Insane asylums Bombay 1873-77 - 1873-1877
Year: 1873
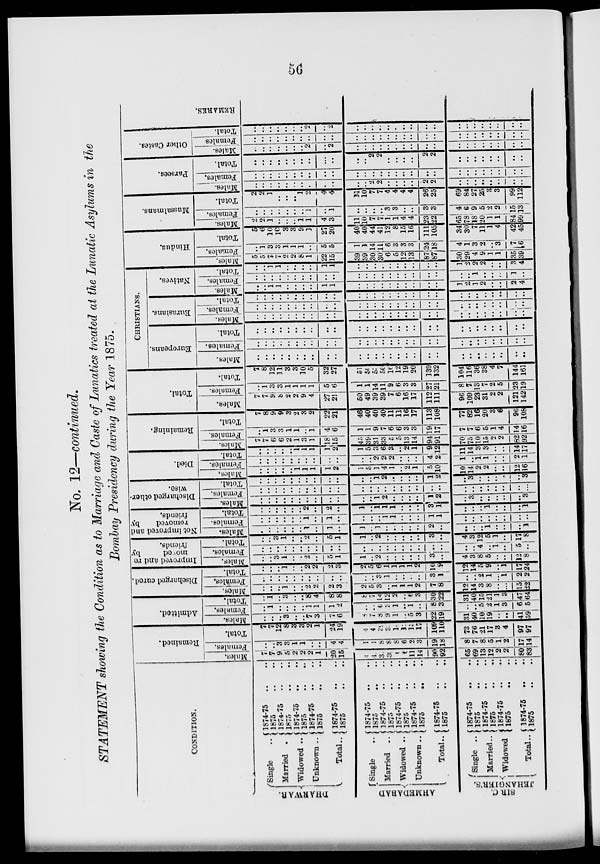
56
No. 12—continued.
STATEMENT showing the Condition as to Marriage and Caste of Lunatics treated at the Lunatic Asylums in the
Bombay Presidency during the Year 1875.
CONDITION.
DHARWAR.
AHMEDABAD
Single
..
Married ..
Widowed ..
Unknown ..
Total..
Single
..
Married ..
Widowed .
Unknown ..
Total..
SIR C
JEHANGIER'S.
Single ..
Married..
Widowed
Total..
1874-75
.. ..
1875 .. ..
1874-75 .. ..
1875 .. ..
1874-75 .. ..
1875 .. ..
1874-75 .. ..
1875 .. ..
1874-75 .. ..
1875 .. ..
1874-75 .. ..
1875 .. ..
1874-75 .. ..
1875 .. ..
1874-75 .. ..
1875 .. ..
1874-75 .. ..
1875 .. ..
1874-75 .. ..
1875 .. ..
1874-75 .. ..
1875 .. ..
1874-75 .. ..
1875 .. ..
1874-75 .. ..
1875 .. ..
1874-75 .. ..
1875 .. ..
Remained.
Males.
7
7
9
5
2
2
2
1
20
15
4
4
31
31
6
6
11
14
90
92
65
69
13
12
2
2
80
83
Females.
..
..
3
3 1
1
..
..
4
4
1
1
8
8
8
6
2
3
19
18
8
7
8
5
1
2
17
14
Total.
7
7
12
8
3
3
2
1
24
19
4
4
39
39
14
12
13
17
109
110
73
76
21
17
3
4
97
97
Admitted.
Males.
..
..
..
3
..
..
7
3
7
6
8
7
8
9
1
..
5
3
22
19
31
40
10
19
..
..
41
59
Females.
..
1
..
..
..
..
1
1
1
2
..
..
6
3
1
..
1
..
8
3
..
..
5
2
1
3
6
5
Total.
..
1
..
3
..
..
8
4
8
8
8
7
14
12
2
..
6
3
30
22
31
40
15
21
1
3
47
64
Discharged cured
Males.
..
..
..
1
..
..
2
2
2
3
2
5
3
..
1
1
1
2
7
8
12
14
3
8
..
...
15
22
Females.
..
..
..
..
..
..
..
..
..
..
..
..
3
1
..
..
..
..
3
1
..
..
2
1
..
1
2
2
Total.
..
..
..
1
..
..
2
2
2
3
2
5
6
1
1
1
1
2
10
9
12
14
5
9
..
1
17
24
Improved and re
moved
by
friends.
Males.
..
..
3
1
..
..
2
..
5
1
1
..
2
..
..
..
..
..
3
..
4
3
8
5
..
..
12
8
Females.
..
..
..
..
..
..
..
..
..
..
..
..
..
..
..
..
..
..
..
..
..
..
4
..
1
..
5
..
Total.
..
..
3
1
..
..
2
..
5
1
1
..
2
..
..
..
..
..
3
..
4
3
12
5
1
..
17
8
Not improved and
removed
by
friends.
Males.
..
..
..
..
..
..
1
..
1
..
1
..
1
..
..
..
..
..
2
..
..
..
..
1
..
..
..
1
Females.
..
..
..
..
..
..
1
..
1
..
..
..
..
1
1
..
..
..
1
1
..
..
..
..
..
..
..
..
Total.
..
..
..
..
..
..
2
..
2
..
1
..
1
1
1
..
..
..
3
1
..
..
..
1
..
..
..
1
Discharged other
wise
Males.
..
..
..
..
..
..
..
..
..
..
..
..
1
2
..
..
..
..
1
2
..
3
..
..
..
..
..
3
Females.
..
..
..
..
..
..
..
..
..
..
..
..
..
..
..
..
..
..
..
..
..
..
..
..
..
..
..
...
Total.
..
..
..
..
..
..
..
..
..
..
..
..
1
2
..
..
..
..
1
2
..
3
..
..
..
..
..
3
Died.
Males,
..
..
..
..
..
1
1
1
1
2
1
5
1
4
1
..
2
1
5
10
10
14
2
2
..
..
12
16
Females.
..
..
..
..
..
..
..
..
..
..
..
..
2
2
2
..
..
..
4
2
1
..
1 1
..
..
2
1
Total.
..
..
..
..
..
1
1
1
1
2
1
5
3
6
3
..
2
1
9
12
11
14
3
3
..
..
14
17
Remaining.
Males.
7
7
6
6
2
1
3
1
18
15
45
39
31
33
5
5
13
14
94
91
70
75
10
15
2
2
82
92
Females.
..
1
3
3
1
1
..
1
4
6
1
1
9
7
6
6
3
3
19
17
7
7
6
5
1
4
14
16
Total.
7
8
9
9
3
2
3
2
22
21
46
40
40
40
11
11
16
17
113
108
77
82
16
20
3
6
96
108
Total.
Males.
7
7
9
8
2
2
9
4
27
21
50
49
39
39
7
6
16
17
112
111
96
109
23
31
2
2
121
142
Females.
..
1
3
3
1
1
1
1
5
6
1
1
14
11
9
6
3
3
27
21
8
7
13
7
2
5
23
19
Total.
7
8
12
11
3
3
10
5
32
27
51
50
53
50
16
12
19
20
139
132
104
116
36
38
4
7
144
161
CHRISTIANS.
Europeans.
Males.
..
..
..
..
..
..
..
..
..
..
..
..
..
..
..
..
..
..
..
..
..
..
..
..
..
..
..
..
Females.
..
..
..
..
..
..
..
..
..
..
..
..
..
..
..
..
..
..
..
..
..
..
..
..
..
..
..
..
Total.
..
..
..
..
..
..
..
..
..
..
..
..
..
..
..
..
..
..
..
..
..
..
..
..
..
..
..
..
Eurasians.
Males.
..
..
..
..
..
..
..
..
..
..
..
..
..
..
..
..
..
..
..
..
..
..
..
..
..
..
..
..
Females.
..
..
..
..
..
..
..
..
..
..
..
..
..
..
..
..
..
..
..
..
..
..
..
..
..
..
..
..
Total.
..
..
..
..
..
..
..
..
..
..
..
..
..
..
..
..
..
..
..
..
..
..
..
..
..
..
..
..
Natives.
Males.
..
..
1
1
..
..
..
..
..
..
..
..
..
..
..
..
..
..
..
..
1
2
1
2
..
..
2
4
Females.
..
..
..
..
..
..
..
..
..
..
..
..
..
..
..
..
..
..
..
..
..
..
1
..
..
..
1
..
Total.
..
..
1
1
..
..
..
..
1
1
..
..
..
..
..
..
..
..
..
..
1
2
2
2
..
..
3
4
Hindus.
Males.
5
5
7
7
2
2
8
1
22
15
39
39
30
30
6
5
12
13
87
87
30
29
4
9
1
1
35
39
Females.
..
1
3
3
1
1
1
..
5
5
1
1
14
11
6
3
3
3
24
18
4
1
3
2
..
3
7
6
Total.
5
6
10
10
3
3
9
1
27
20
40
40
44
41
12
8
15
16
111
105
34
30
7
11
1
4
42
45
Mussalmans.
Males.
2
2
1
..
..
..
1
1
4
3
11
10
7
7
1
1
4
4
23
22
65
78
18
20
1
1
84
99
Females.
..
..
..
..
..
..
..
1
..
1
..
..
..
..
3
3
..
..
3
3
4
6
9
5
2
2
15
13
Total.
2
2
1
..
..
..
1
2
4
4
11
10
7
7
4
4
4
4
26
25
69
84
27
25
3
3
99
112
Parsees.
Males.
..
..
..
..
..
..
..
..
..
..
..
..
2
2
..
..
..
..
2
2
..
..
..
..
..
..
..
..
Females.
..
..
..
..
..
..
..
..
..
..
..
..
..
..
..
..
..
..
..
..
..
..
..
..
..
..
..
..
Total.
..
..
..
..
..
..
..
..
..
..
..
..
2
2
..
..
..
..
2
2
..
..
..
..
..
..
..
..
Other Castes.
Males.
..
..
..
..
..
..
..
2
..
2
..
..
..
..
..
..
..
..
..
..
..
..
..
..
..
..
..
..
Females
..
..
..
..
..
..
..
..
..
..
..
..
..
..
..
..
..
..
..
..
..
..
..
..
..
..
..
..
Total.
..
..
..
..
..
..
..
2
..
2
..
..
..
..
..
..
..
..
..
..
..
..
..
..
..
..
..
..
REMARKS.